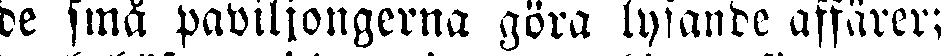
de små paviljongerna göra lysande affärer;